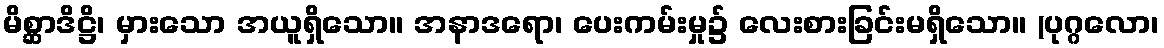
မိစ္ဆာဒိဋ္ဌိ၊ မှားသော အယူရှိသော။ အနာဒရော၊ ပေးကမ်းမှု၌ လေးစားခြင်းမရှိသော။ (ပုဂ္ဂလော၊